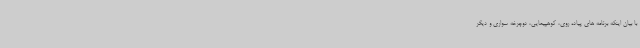
با بیان اینکه برنامه های پیاده روی، کوهپیمایی، دوچرخه سواری و دیگر